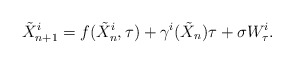
\begin{align*}\tilde X_{n+1}^i = f(\tilde X_n^i,\tau) + \gamma^i(\tilde X_n)\tau + \sigma W_\tau^i.\end{align*}